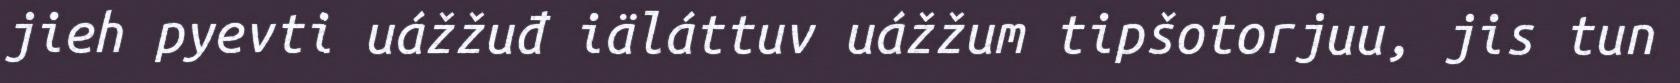
jieh pyevti uážžuđ iäláttuv uážžum tipšotorjuu, jis tun